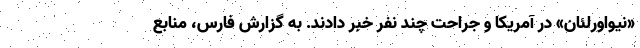
«نیواورلئان» در آمریکا و جراحت چند نفر خبر دادند. به گزارش فارس، منابع